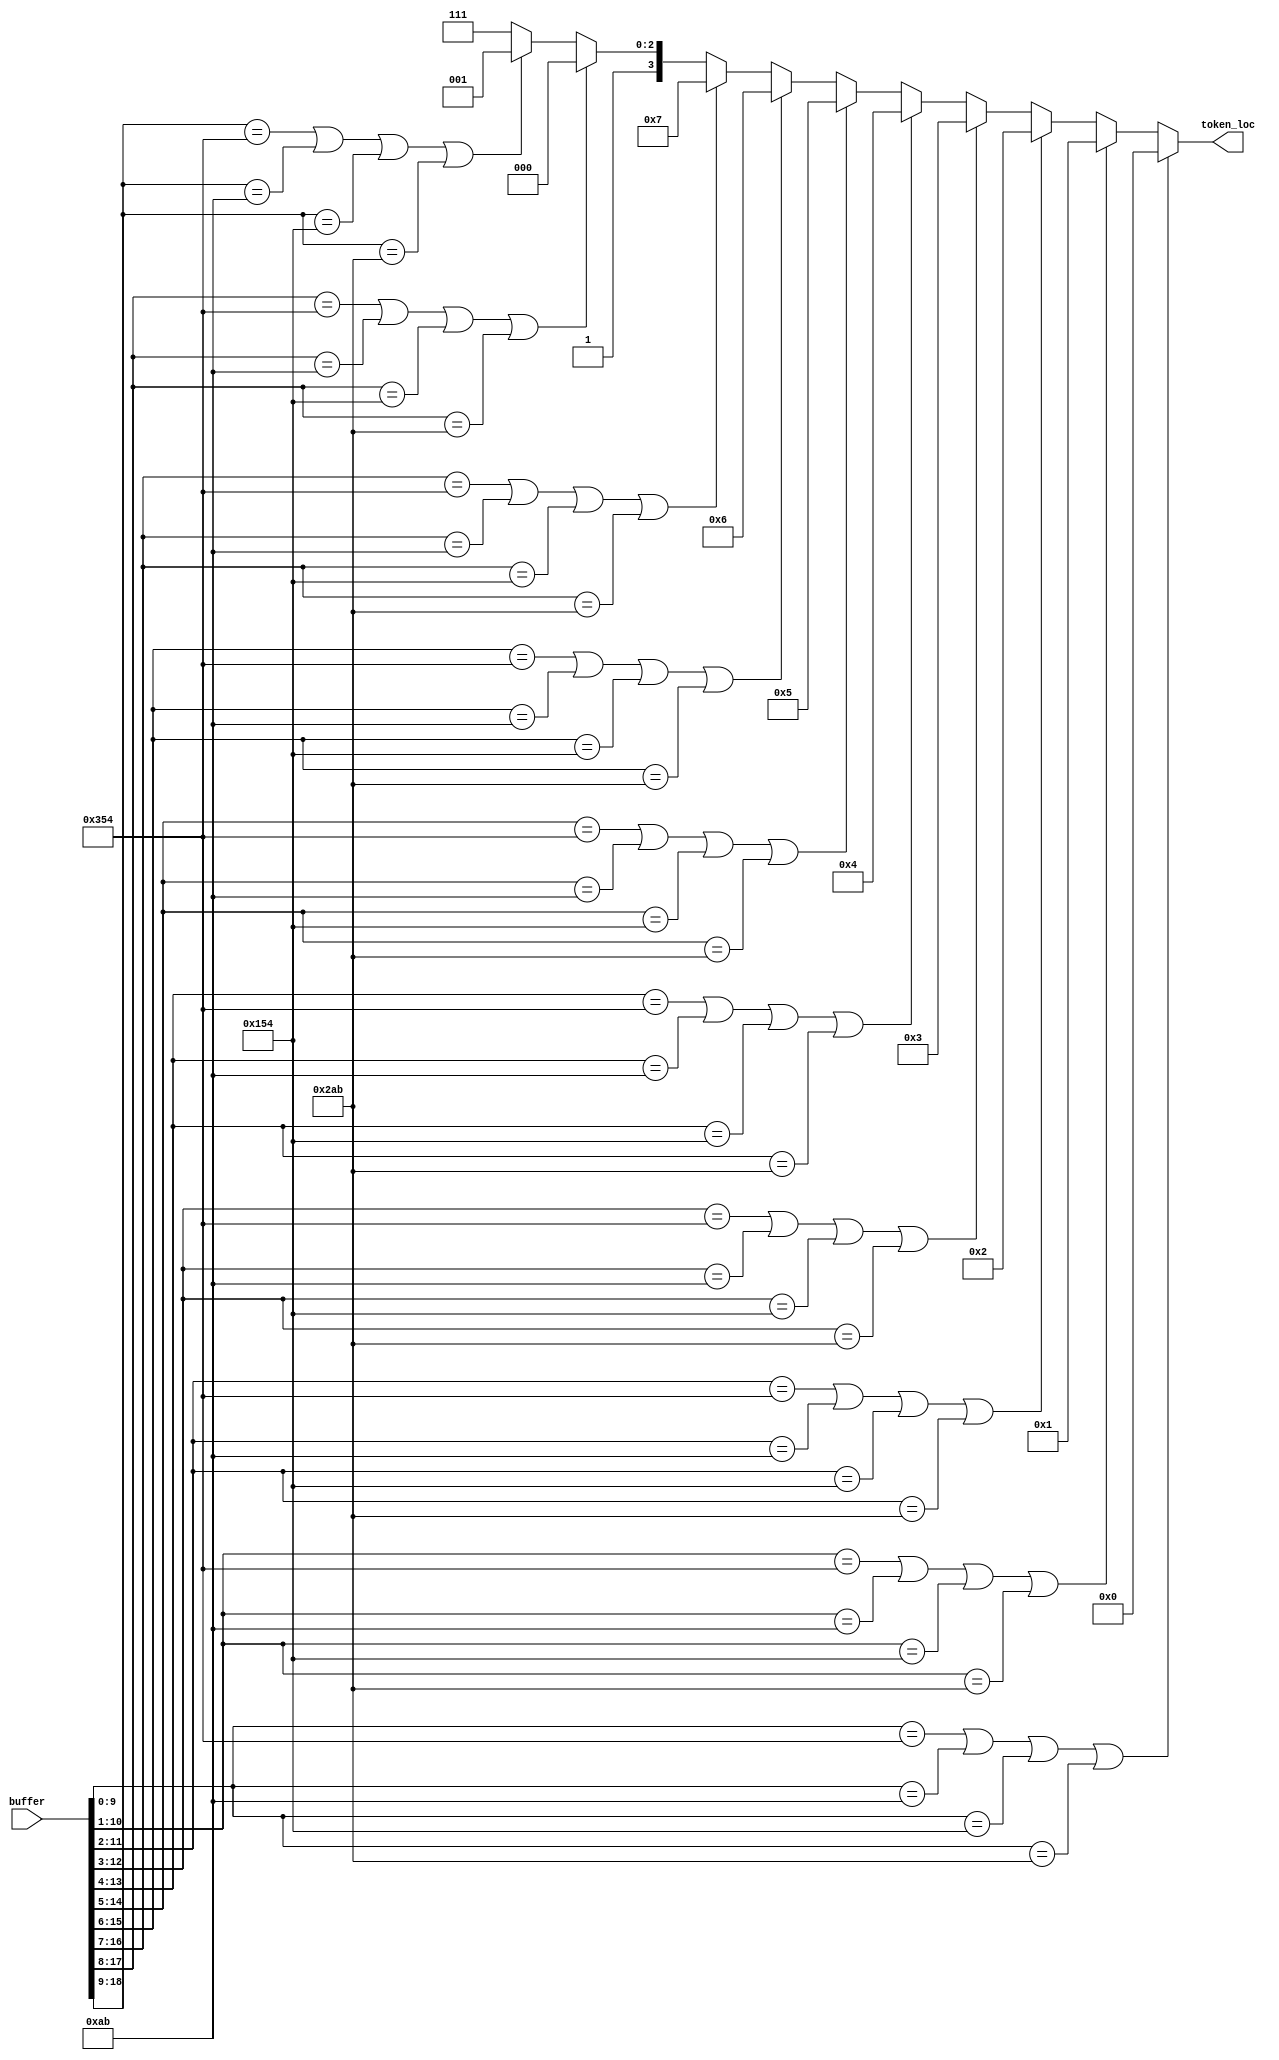
//Ownasaurus

`default_nettype none
module token_detector(input [19:0] buffer, output reg [3:0] token_loc);

localparam CT0 = 10'b1101010100;
localparam CT1 = 10'b0010101011;
localparam CT2 = 10'b0101010100;
localparam CT3 = 10'b1010101011;

always @(*) begin
    // need to align to word boundaries
    if(buffer[9:0] == CT0 || buffer[9:0] == CT1 || buffer[9:0] == CT2 || buffer[9:0] == CT3) begin
        token_loc = 4'd0;
    end else if(buffer[10:1] == CT0 || buffer[10:1] == CT1 || buffer[10:1] == CT2 || buffer[10:1] == CT3) begin
        token_loc = 4'd1;
    end else if(buffer[11:2] == CT0 || buffer[11:2] == CT1 || buffer[11:2] == CT2 || buffer[11:2] == CT3) begin
        token_loc = 4'd2;
    end else if(buffer[12:3] == CT0 || buffer[12:3] == CT1 || buffer[12:3] == CT2 || buffer[12:3] == CT3) begin
        token_loc = 4'd3;
    end else if(buffer[13:4] == CT0 || buffer[13:4] == CT1 || buffer[13:4] == CT2 || buffer[13:4] == CT3) begin
        token_loc = 4'd4;
    end else if(buffer[14:5] == CT0 || buffer[14:5] == CT1 || buffer[14:5] == CT2 || buffer[14:5] == CT3) begin
        token_loc = 4'd5;
    end else if(buffer[15:6] == CT0 || buffer[15:6] == CT1 || buffer[15:6] == CT2 || buffer[15:6] == CT3) begin
        token_loc = 4'd6;
    end else if(buffer[16:7] == CT0 || buffer[16:7] == CT1 || buffer[16:7] == CT2 || buffer[16:7] == CT3) begin
        token_loc = 4'd7;
    end else if(buffer[17:8] == CT0 || buffer[17:8] == CT1 || buffer[17:8] == CT2 || buffer[17:8] == CT3) begin
        token_loc = 4'd8;
    end else if(buffer[18:9] == CT0 || buffer[18:9] == CT1 || buffer[18:9] == CT2 || buffer[18:9] == CT3) begin
        token_loc = 4'd9;
    end else begin
        token_loc = 4'd15; // no token found
    end
end

endmodule